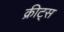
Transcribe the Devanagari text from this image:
क्रीट्स